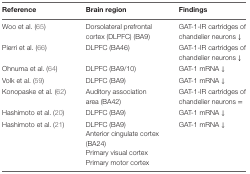
<table><thead><tr><td><b>Reference</b></td><td><b>Brain region</b></td><td><b>Findings</b></td></tr></thead><tbody><tr><td>Woo et al. (65)</td><td>Dorsolateral prefrontal cortex (DLPFC) (BA9)</td><td>GAT-1-IR cartridges of chandelier neurons ↓</td></tr><tr><td>Pierri et al. (66)</td><td>DLPFC (BA46)</td><td>GAT-1-IR cartridges of chandelier neurons ↓</td></tr><tr><td>Ohnuma et al. (64)</td><td>DLPFC (BA9/10)</td><td>GAT-1 mRNA ↓</td></tr><tr><td>Volk et al. (59)</td><td>DLPFC (BA9)</td><td>GAT-1 mRNA ↓</td></tr><tr><td>Konopaske et al. (62)</td><td>Auditory association area (BA42)</td><td>GAT-1-IR cartridges of chandelier neurons =</td></tr><tr><td>Hashimoto et al. (20)</td><td>DLPFC (BA9)</td><td>GAT-1 mRNA ↓</td></tr><tr><td rowspan="4">Hashimoto et al. (21)</td><td>DLPFC (BA9)</td><td rowspan="4">GAT-1 mRNA ↓</td></tr><tr><td>Anterior cingulate cortex (BA24)</td></tr><tr><td>Primary visual cortex</td></tr><tr><td>Primary motor cortex</td></tr></tbody></table>